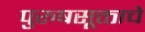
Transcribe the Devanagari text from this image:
पुरुषसूक्ताचे